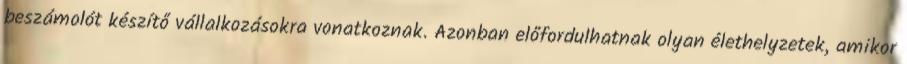
beszámolót készítő vállalkozásokra vonatkoznak. Azonban előfordulhatnak olyan élethelyzetek, amikor